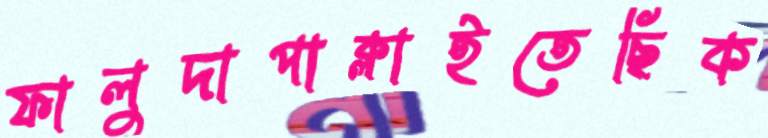
ফালুদাপাক্‌লাইতেছিক